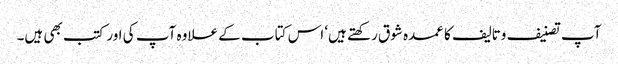
آپ تصنیف وتالیف کا عمدہ شوق رکھتے ہیں‘ اس کتاب کے علاوہ آپ کی اور کتب بھی ہیں۔